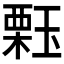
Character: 𱯑